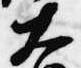
大